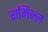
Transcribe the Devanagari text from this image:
रामिल्ल